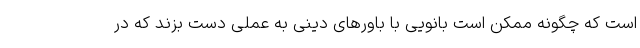
است که چگونه ممکن است بانویی با باورهای دینی به عملی دست بزند که در